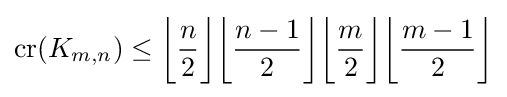
\operatorname {cr} (K_{m,n})\leq {\biggl \lfloor }{\frac {n}{2}}{\biggr \rfloor }{\biggl \lfloor }{\frac {n-1}{2}}{\biggr \rfloor }{\biggl \lfloor }{\frac {m}{2}}{\biggr \rfloor }{\biggl \lfloor }{\frac {m-1}{2}}{\biggr \rfloor }